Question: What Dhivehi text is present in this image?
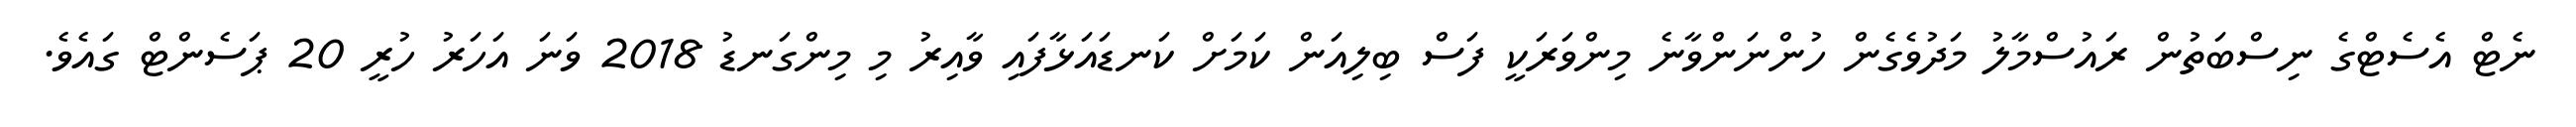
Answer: ނެޓް އެސެޓްގެ ނިސްބަތުން ރައުސްމާލު މަދުވެގެން ހުންނަންވާނެ މިންވަރަކީ ފަސް ބިލިއަން ކަމަށް ކަނޑައަޅާފައި ވާއިރު މި މިންގަނޑު 2018 ވަނަ އަހަރު ހުރީ 20 ޕަސެންޓް ގައެވެ.